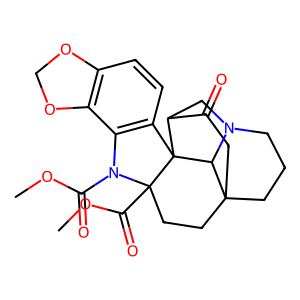
SMILES: COC(=O)N1c2c(ccc3c2OCO3)C23C4CN5CCCC(CCC12C(=O)OC)(CC4=O)C53
Inhibits HIV replication: No